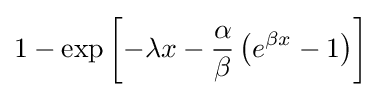
1-\exp \left[-\lambda x-{\frac {\alpha }{\beta }}\left(e^{\beta x}-1\right)\right]